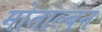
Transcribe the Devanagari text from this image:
मोताल्बन